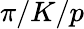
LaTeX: \pi/K/p